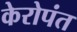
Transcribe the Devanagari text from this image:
केरोपंत